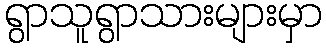
ရွာသူရွာသားများမှာ